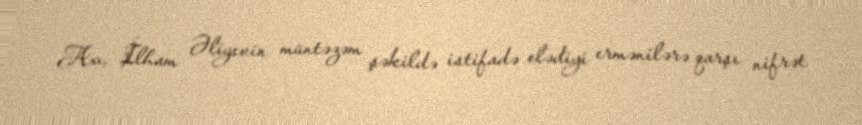
Axı, İlham Əliyevin müntəzəm şəkildə istifadə elədiyi ermənilərə qarşı nifrət